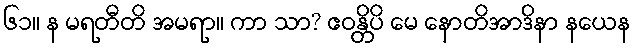
၆၁။ န မရတီတိ အမရာ။ ကာ သာ? ဧဝန္တိပိ မေ နောတိအာဒိနာ နယေန